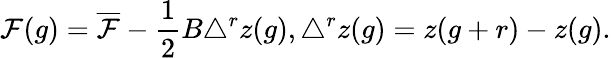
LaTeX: \mathcal{F}(g)=\overline{{{{\mathcal{F}}}}}-\frac{{1}}{{2}}B\triangle^{r}z(g),\triangle^{r}z(g)=z(g+r)-z(g).